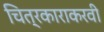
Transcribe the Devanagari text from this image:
चित्रकाराकरवी